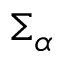
\Sigma _ { \alpha }